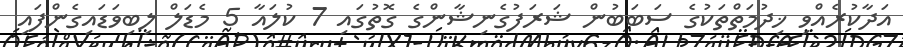
އަދާކުރެއްވި ޚިދުމަތްތަކުގެ ސަބަބުން ޝަރަފުގެނިޝާންގެ ގޮތުގައި 7 ކުލައާ 5 މެޑަލް ލިބިވަޑައިގެންފައި